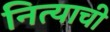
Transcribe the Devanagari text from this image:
नित्याची